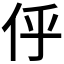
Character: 𠇼